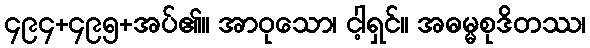
၄၉၄+၄၉၅+အပ်၏။ အာဝုသော၊ ငါ့ရှင်။ အဓမ္မစုဒိတဿ၊